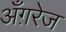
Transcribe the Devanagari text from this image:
अँग़रेज